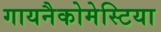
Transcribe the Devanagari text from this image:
गायनैकोमेस्टिया